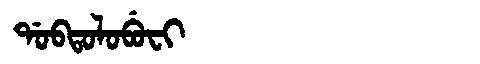
Manchu: ᡩᠣᠪᡨᠣᠯᠣᠪᡠᠸᡳ
Romanization: DOBTOLOBUFI